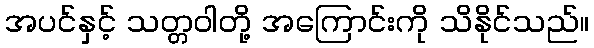
အပင်နှင့် သတ္တဝါတို့ အကြောင်းကို သိနိုင်သည်။